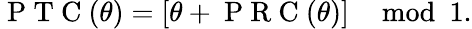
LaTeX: \mathrm{~P~T~C~}(\theta)=[\theta+\mathrm{~P~R~C~}(\theta)]\mod 1.